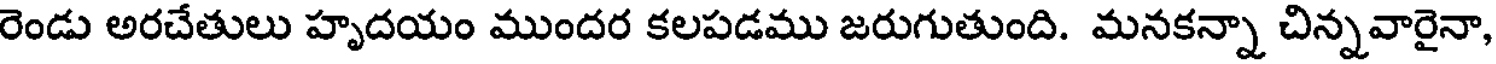
రెండు అరచేతులు హృదయం ముందర కలపడము జరుగుతుంది. మనకన్నా చిన్నవారైనా,